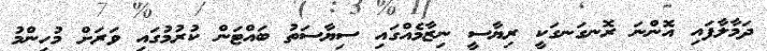
ދަމާލާފައި އޮންނަ ރޮނގަނގަކީ ރިޔާސީ ނިޒާމެއްގައި ސިޔާސަތު ބައްޓަން ކުރުމުގައި ވަރަށް މުހިންމު